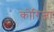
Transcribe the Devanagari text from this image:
कोरिजा